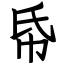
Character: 帋